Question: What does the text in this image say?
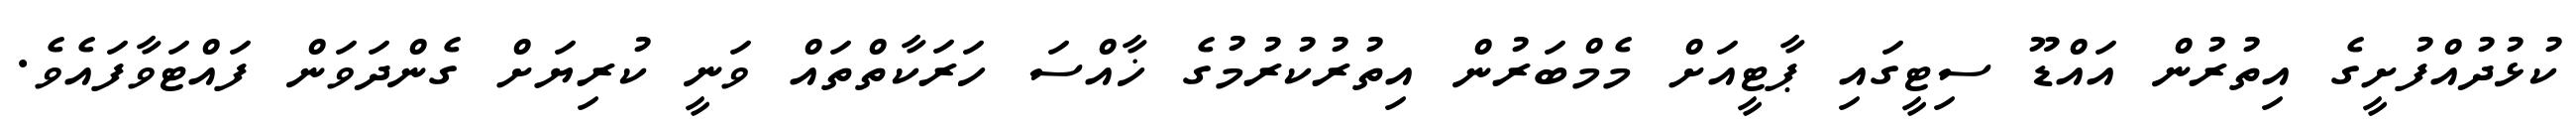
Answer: ކުޅުދުއްފުށީގެ އިތުރުން އައްޑޫ ސިޓީގައި ޕާޓީއަށް މެމްބަރުން އިތުރުކުރުމުގެ ޚާއްސަ ހަރަކާތްތައް ވަނީ ކުރިޔަށް ގެންދަވަން ފައްޓަވާފައެވެ.